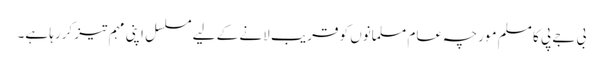
بی جے پی کا مسلم مورچہ عام مسلمانوں کو قریب لانے کے لیے مسلسل اپنی مہم تیز کررہا ہے۔